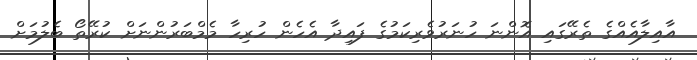
އާއިލާއެއްގެ ތެރޭގައި އޮންނަ ހުނަރުވެރިކަމުގެ ފައިދާ އެހެން ހުރިހާ މެމްބަރުންނަށް ކުރޭތޯ ބެލުމަށް